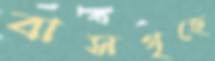
বাসগৃহে